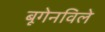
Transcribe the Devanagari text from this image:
बूगेनविले